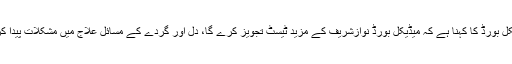
ذرائع میڈیکل بورڈ کا کہنا ہے کہ میڈیکل بورڈ نوازشریف کے مزید ٹیسٹ تجویز کرے گا، دل اور گردے کے مسائل علاج میں مشکلات پیدا کررہے ہیں۔